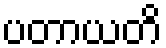
ပတာယတိ